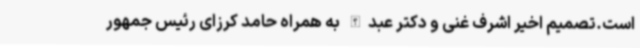
است.تصمیم اخیر اشرف غنی و دکتر عبدالله به همراه حامد کرزای رئیس جمهور